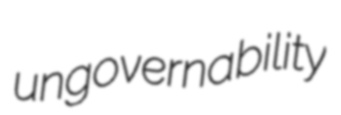
ungovernability